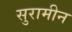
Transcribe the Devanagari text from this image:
सुरामीन